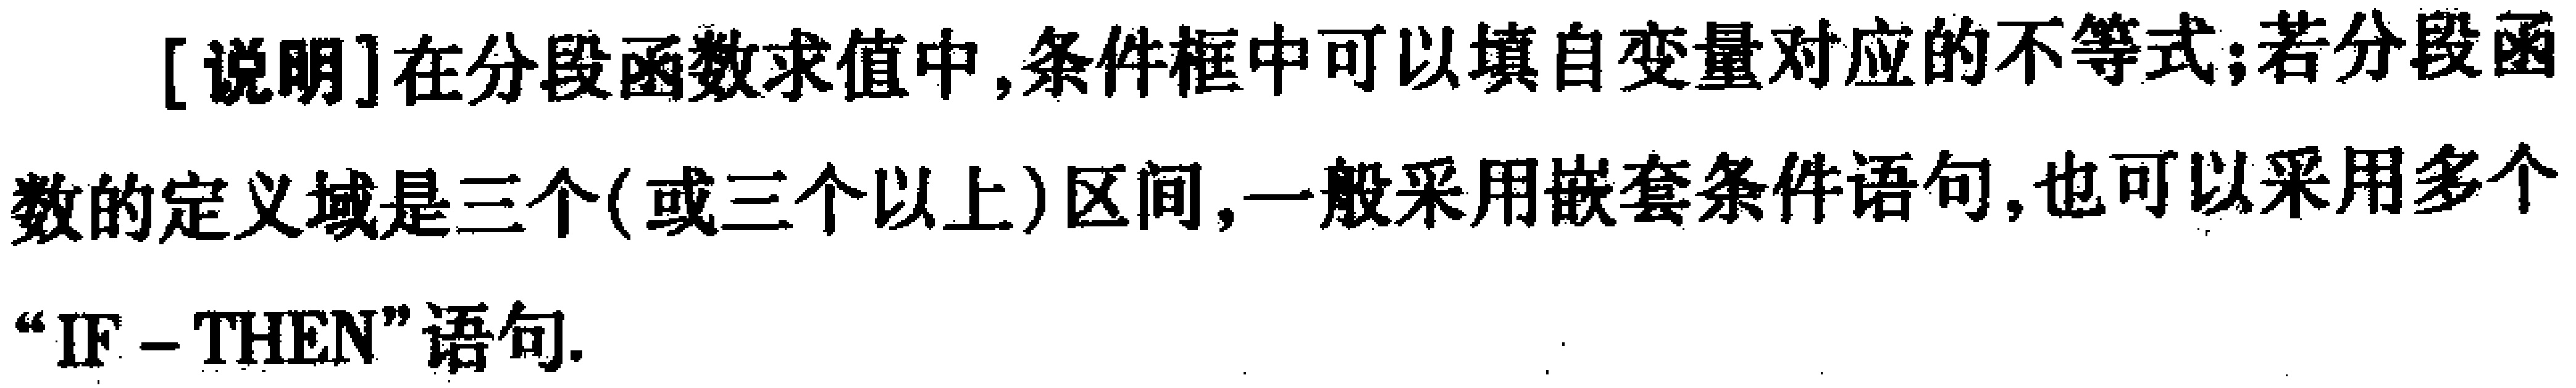
[说明]在分段函数求值中,条件框中可以填自变量对应的不等式;若分段函数的定义域是三个(或三个以上)区间,一般采用嵌套条件语句,也可以采用多个“IF--THEN”语句.